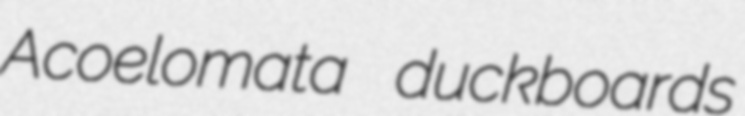
Acoelomata duckboards